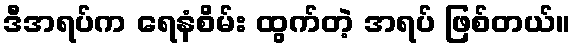
ဒီအရပ်က ရေနံစိမ်း ထွက်တဲ့ အရပ် ဖြစ်တယ်။